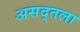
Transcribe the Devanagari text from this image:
असद्तला